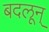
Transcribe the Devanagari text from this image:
बदलून्